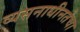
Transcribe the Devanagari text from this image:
व्यसनाधीनतेचा